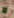
لا